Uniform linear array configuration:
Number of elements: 4
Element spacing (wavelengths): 0.25
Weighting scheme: hamming
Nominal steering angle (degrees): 45
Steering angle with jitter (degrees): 45.889
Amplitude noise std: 0.05
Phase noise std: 0.05

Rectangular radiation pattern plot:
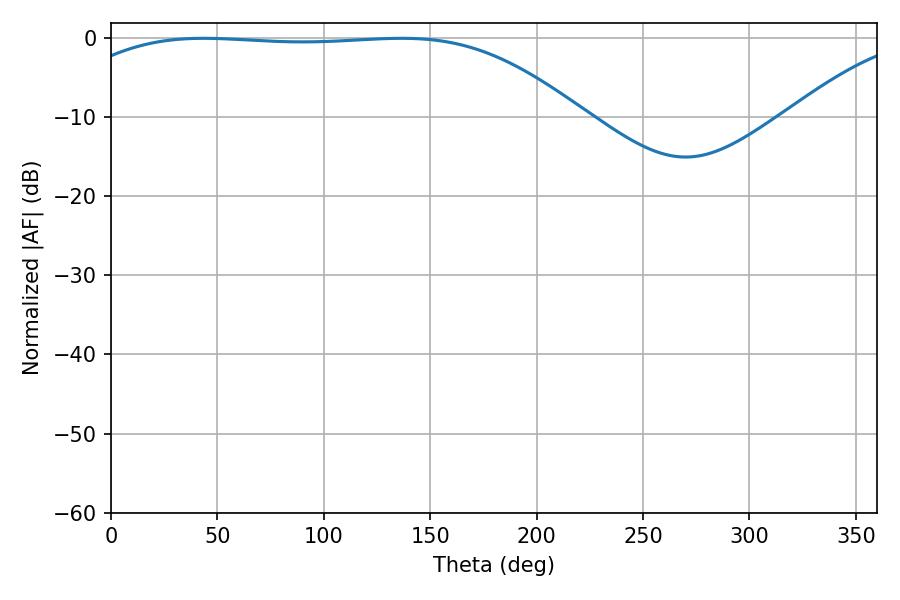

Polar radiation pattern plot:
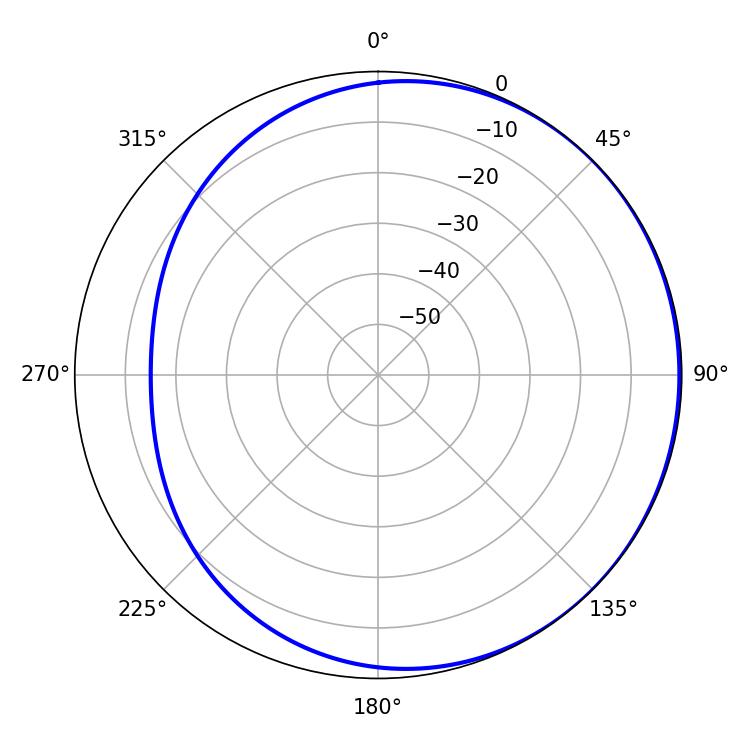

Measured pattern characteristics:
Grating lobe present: FALSE
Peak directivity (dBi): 0.7865
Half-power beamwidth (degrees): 186.48
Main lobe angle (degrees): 43.56